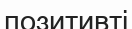
позитивті